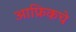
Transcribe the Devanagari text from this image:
आफ्रिकचे